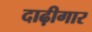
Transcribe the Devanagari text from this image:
दाढ़ीगार